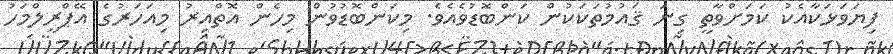
ފިޔަވަޅަކާއެކު ކަމަށްވާތީ ގިނަ ޤައުމުތަކަކުން ކަންބޮޑުވެއެވެ. މިކަންބޮޑުވުން މިހެން އޮތްއިރު މިއަހަރުގެ އޭޕްރީލްމަހު